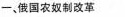
-、俄国农奴制改革